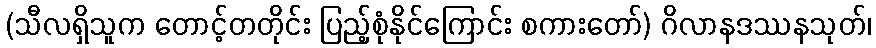
(သီလရှိသူက တောင့်တတိုင်း ပြည့်စုံနိုင်ကြောင်း စကားတော်) ဂိလာနဒဿနသုတ်၊